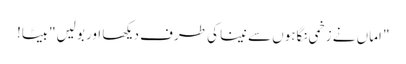
" اماں نے زخمی نگاہوں سے نینا کی طرف دیکھا اور بولیں"بیٹا!